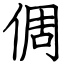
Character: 倜